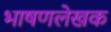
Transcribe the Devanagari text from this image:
भाषणलेखक